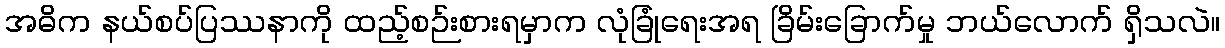
အဓိက နယ်စပ်ပြဿနာကို ထည့်စဉ်းစားရမှာက လုံခြုံရေးအရ ခြိမ်းခြောက်မှု ဘယ်လောက် ရှိသလဲ။